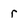
Character: r